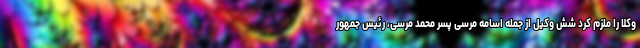
وکلا را ملزم کرد شش وکیل از جمله اسامه مرسی پسر محمد مرسی، رئیس جمهور